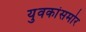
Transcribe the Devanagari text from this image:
युवकांसमोर